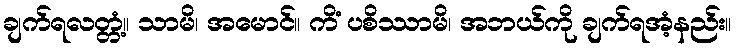
ချက်ရလတ္တံ့။ သာမိ၊ အမောင်။ ကိံ ပစိဿာမိ၊ အဘယ်ကို ချက်ရအံ့နည်း။